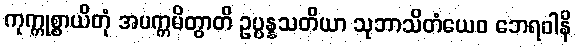
ကုက္ကုစ္စာယိတုံ အပက္ကမိတွာတိ ဥပ္ပန္နသတိယာ သုဘာသိတံယေဝ ဘေရဝါနိ